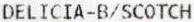
DELICIA-B/SCOTCH